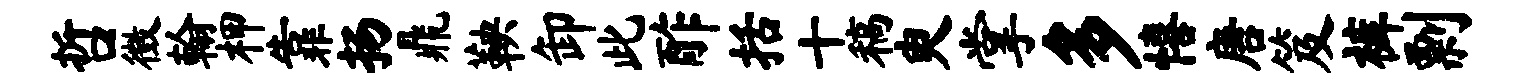
哲徵翰柙靠扬鼎鞅卸此酢括十稿臾掌多僖唐笈裤剽